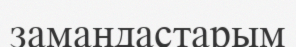
замандастарым